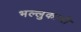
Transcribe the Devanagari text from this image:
भल्लुकाची